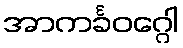
အာကင်္ခဝဂ္ဂေါ